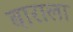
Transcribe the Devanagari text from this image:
बाराला